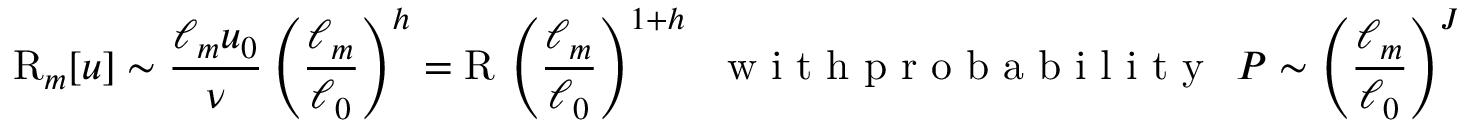
\mathrm { R } _ { m } [ u ] \sim \frac { \ell _ { m } u _ { 0 } } { \nu } \left( \frac { \ell _ { m } } { \ell _ { 0 } } \right) ^ { h } = \mathrm { R } \, \left( \frac { \ell _ { m } } { \ell _ { 0 } } \right) ^ { 1 + h } \ \ \textrm { w i t h p r o b a b i l i t y } \ \ P \sim \left( \frac { \ell _ { m } } { \ell _ { 0 } } \right) ^ { J ( h ) } ,